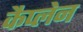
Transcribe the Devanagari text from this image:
कैप्लेन